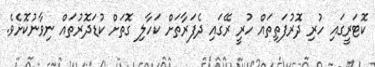
ކޮޓަރީގައި ހުރި ދޮރުފަތިތައް ހުރީ ރޭގައި ދެފަރާތަށް ކަހާލި ގޮތަށް ކުޑަދޮރުތައް ނިވާނުކޮށެވެ.